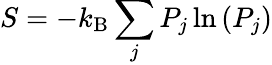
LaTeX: S=-k_{\mathrm{B}}\sum_{j}P_{j}\ln\left(P_{j}\right)